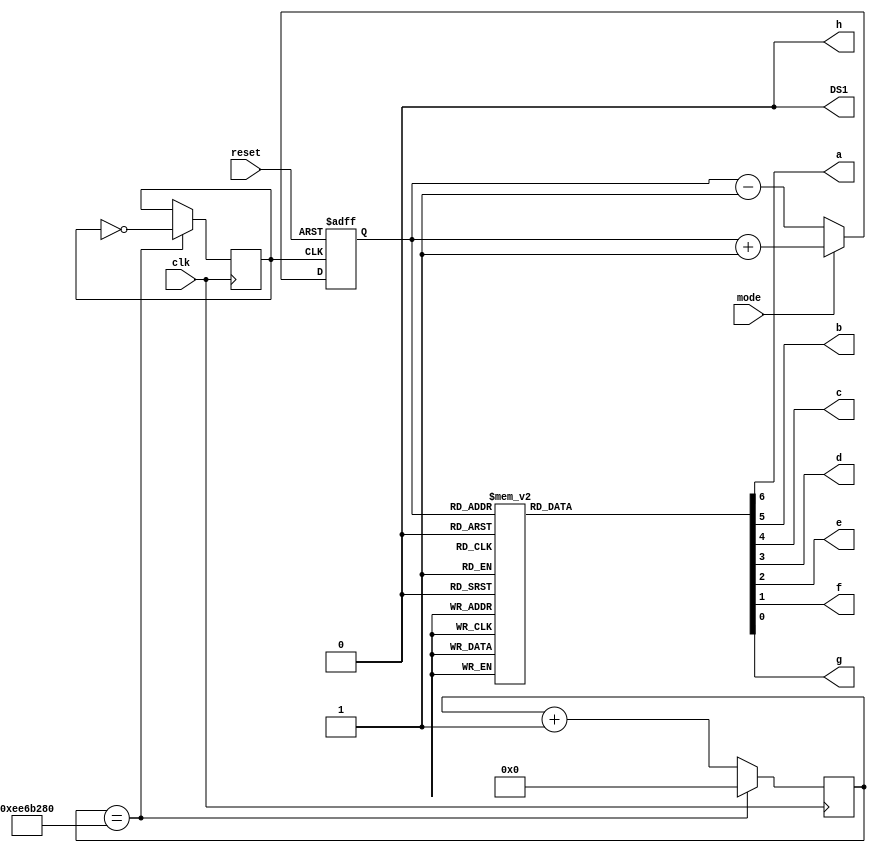
module counter_b(clk,reset,mode,DS1,a,b,c,d,e,f,g,h);
output a,b,c,d,e,f,g,h;
output DS1;
input clk,reset;
input mode;
wire DS1;
wire a,b,c,d,e,f,g,h;
reg [3:0] count;
reg clk_reg;
reg [31:0] count_reg1;
initial
begin
count_reg1=0;
end
  assign DS1=1'b0;
  always@(posedge clk)
    if(count_reg1==32'd250000000)
      begin
      clk_reg<=~clk_reg;
		count_reg1<=32'd0;
		end
		else 
		begin
		count_reg1<=count_reg1+32'd1;
		end
		
		
	always@(posedge clk_reg or negedge reset)
	  if(!reset)
	    count<=4'd0;
	  else
		 begin
		 if(mode)
		 count<=count+4'b1;
		 else
		 count<=count-4'b1;
		 end
assign{a,b,c,d,e,f,g,h}=(DS1)?8'bx:{seg7(count),1'b0};
  function reg[6:0] seg7;
    input [3:0] in;
	 case(in)
	   4'b0000 :seg7=7'b1111110;
		4'b0001 :seg7=7'b0110000;
		4'b0010 :seg7=7'b1101101;
		4'b0011 :seg7=7'b1111001;
		4'b0100 :seg7=7'b0110011;
		4'b0101 :seg7=7'b1011011;
		4'b0110 :seg7=7'b1011111;
		4'b0111 :seg7=7'b1110000;
		4'b1000 :seg7=7'b1111111;
		4'b1001 :seg7=7'b1111011;
		4'b1010 :seg7=7'b1110111;
		4'b1011 :seg7=7'b0011111;
		4'b1100 :seg7=7'b1001110;
		4'b1101 :seg7=7'b0111101;
		4'b1110 :seg7=7'b1001111;
		4'b1111 :seg7=7'b1000111;
		default :seg7=7'bx;
	 endcase
  endfunction
 endmodule